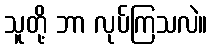
သူတို့ ဘာ လုပ်ကြသလဲ။